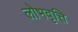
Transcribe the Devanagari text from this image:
लोभवृत्ति